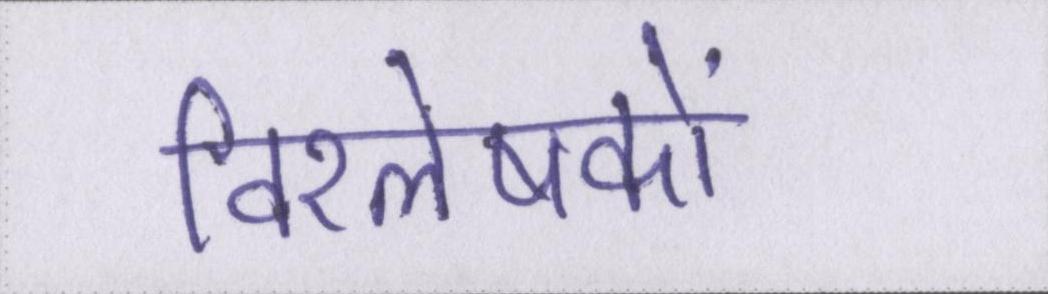
विश्लेषकों